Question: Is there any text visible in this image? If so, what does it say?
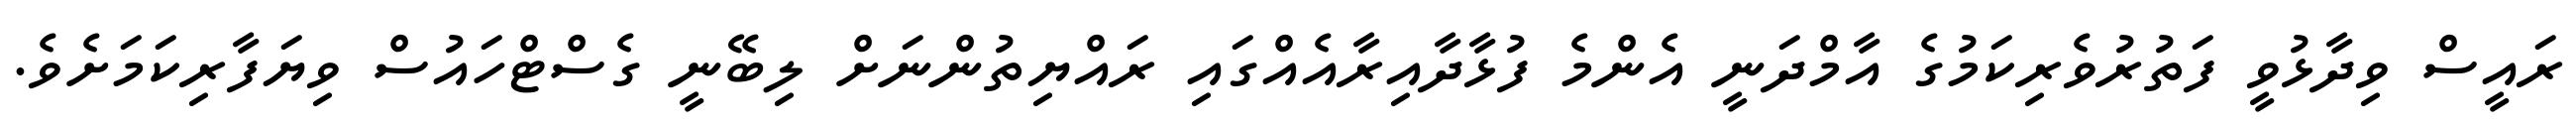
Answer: ރައީސް ވިދާޅުވީ ފަތުރުވެރިކަމުގެ އާމްދަނީ އެންމެ ފުޅާދާއިރާއެއްގައި ރައްޔިތުންނަށް ލިބޭނީ ގެސްޓްހައުސް ވިޔަފާރިކަމަށެވެ.